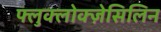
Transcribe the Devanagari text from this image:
फ्लुक्लोक्ज़ेसिलिन